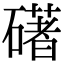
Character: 𥖛